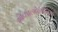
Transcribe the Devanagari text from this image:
ओप्थाल्मोलॉजिस्ट